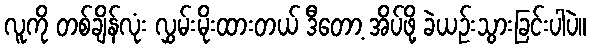
လူကို တစ်ချိန်လုံး လွှမ်းမိုးထားတယ် ဒီတော့ အိပ်ဖို့ ခဲယဉ်းသွားခြင်းပါပဲ။